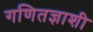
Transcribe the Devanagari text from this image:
गणितज्ञाशी